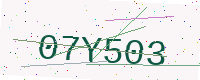
Text: 07Y503